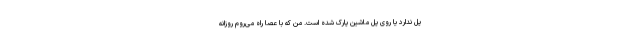
پل ندارد یا روی پل ماشین پارک شده است. من که با عصا راه می‌روم روزانه